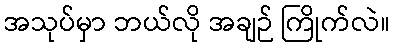
အသုပ်မှာ ဘယ်လို အချဉ် ကြိုက်လဲ။